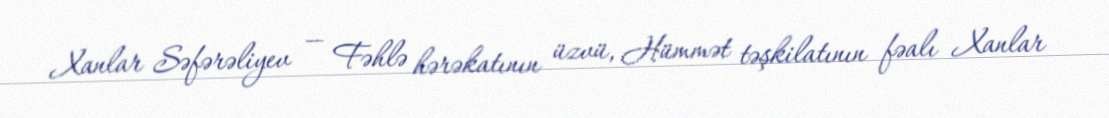
Xanlar Səfərəliyev — Fəhlə hərəkatının üzvü, Hümmət təşkilatının fəalı Xanlar